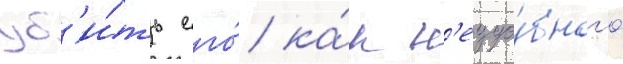
уб'и́ть его́ ка́к н'еудо́бного